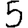
Digit: 5